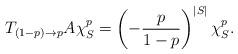
LaTeX: \begin{align*} T_{(1 - p) \rightarrow p} A \chi^{p}_S = \left( - \frac{p}{1-p} \right)^{|S|} \chi^{p}_S . \end{align*}